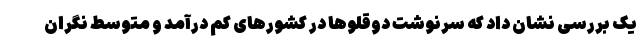
یک بررسی نشان داد که سرنوشت دوقلوها در کشورهای کم درآمد و متوسط نگران